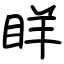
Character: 眻